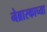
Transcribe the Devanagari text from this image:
नेब्रास्काच्या